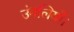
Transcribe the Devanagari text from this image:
उंगलियों।